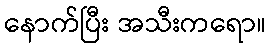
နောက်ပြီး အသီးကရော။